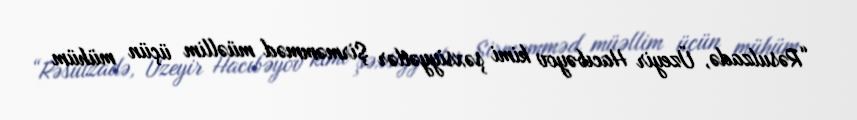
“Rəsulzadə, Üzeyir Hacıbəyov kimi şəxsiyyətlər Şirməmməd müəllim üçün mühüm